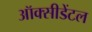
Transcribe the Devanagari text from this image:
ऑक्‍सीडेंटल